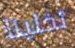
تخلينا